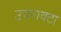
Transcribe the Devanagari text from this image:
उपरावटा